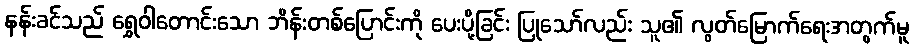
နန်းခင်သည် ရွှေဝါတောင်းသော ဘိန်းတစ်ပြောင်းကို ပေးပို့ခြင်း ပြုသော်လည်း သူ၏ လွတ်မြောက်ရေးအတွက်မူ